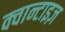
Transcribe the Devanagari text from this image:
क्वान्टाइज़